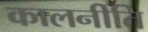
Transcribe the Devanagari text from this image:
कालनीति